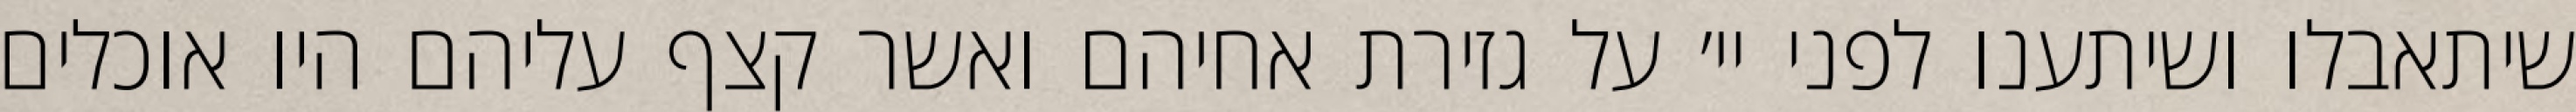
שיתאבלו ושיתענו לפני יי׳ על גזירת אחיהם ואשר קצף עליהם היו אוכלים